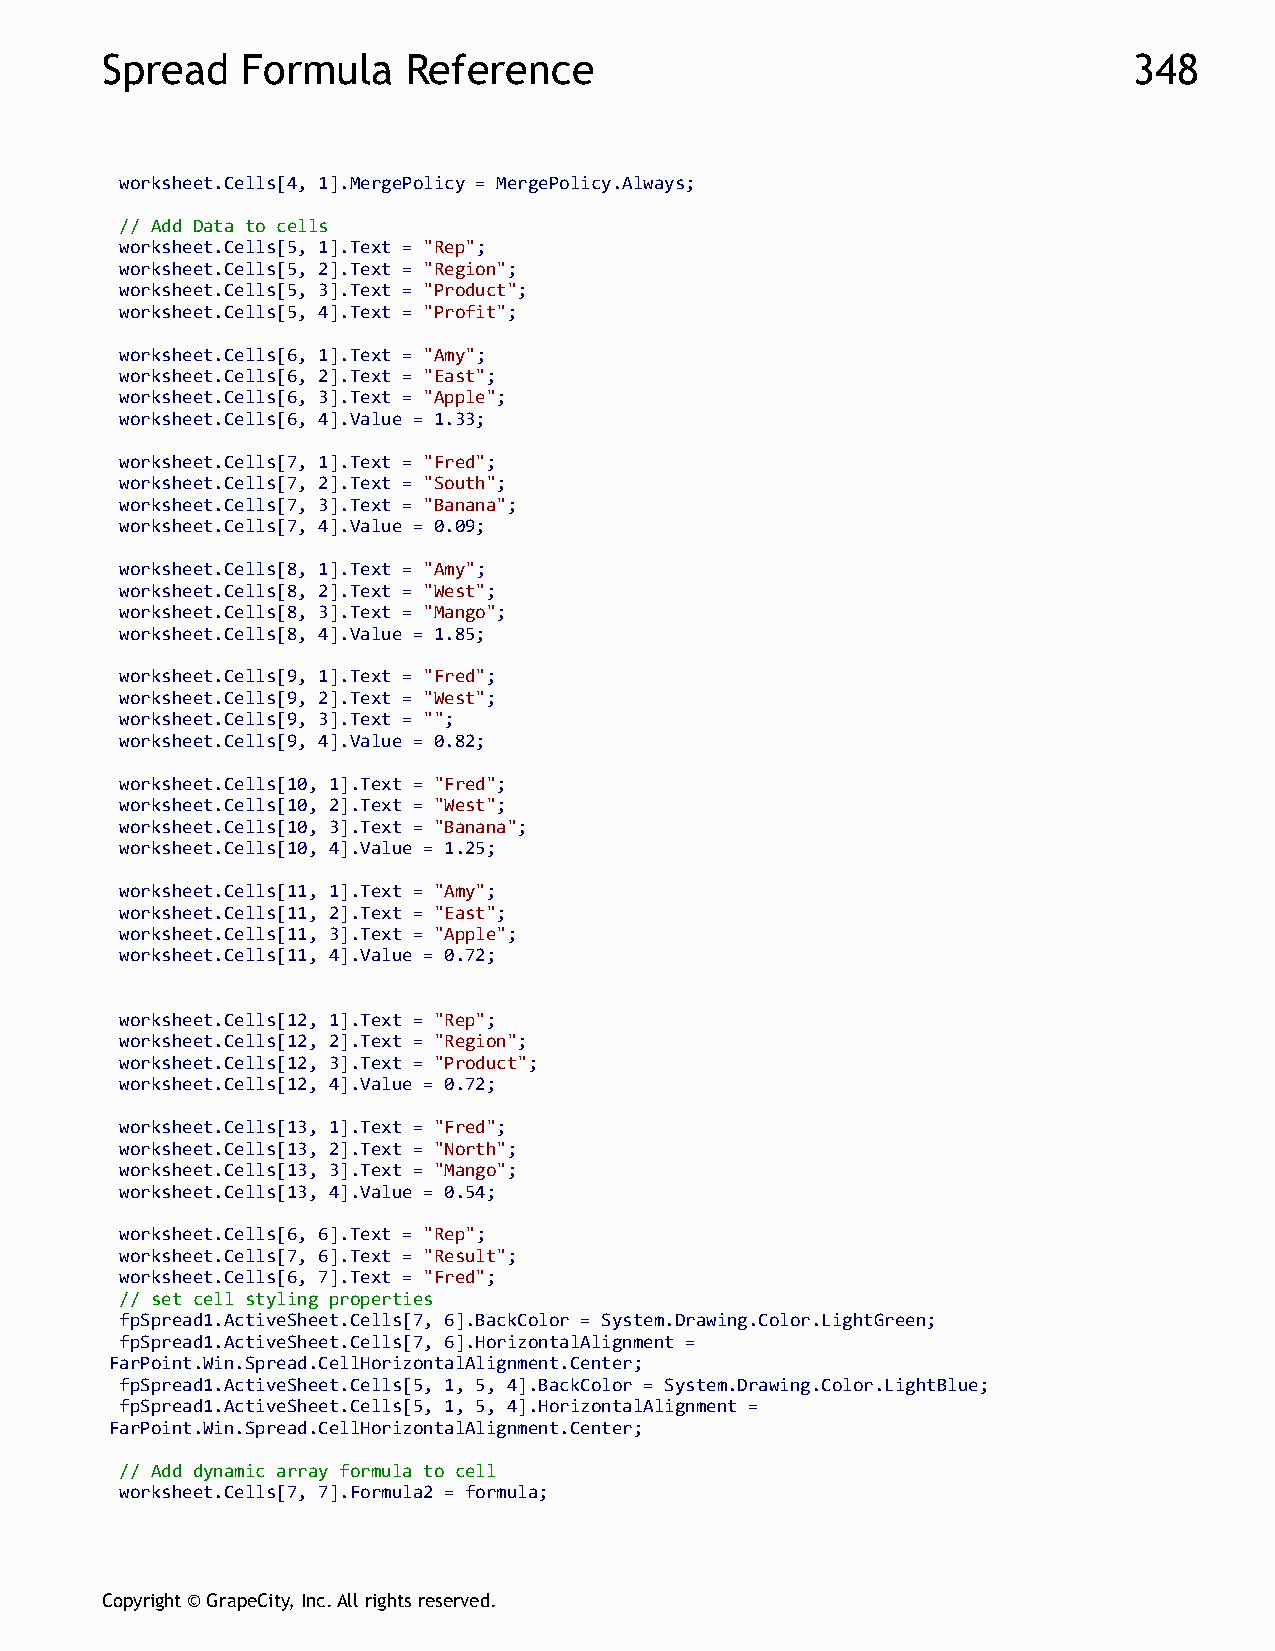
Spread   Formula    Reference                                       348
 worksheet.Cells[4, 1].MergePolicy = MergePolicy.Always;
 // Add Data to cells
 worksheet.Cells[5, 1].Text = "Rep";
 worksheet.Cells[5, 2].Text = "Region";
 worksheet.Cells[5, 3].Text = "Product";
 worksheet.Cells[5, 4].Text = "Profit";
 worksheet.Cells[6, 1].Text = "Amy";
 worksheet.Cells[6, 2].Text = "East";
 worksheet.Cells[6, 3].Text = "Apple";
 worksheet.Cells[6, 4].Value = 1.33;
 worksheet.Cells[7, 1].Text = "Fred";
 worksheet.Cells[7, 2].Text = "South";
 worksheet.Cells[7, 3].Text = "Banana";
 worksheet.Cells[7, 4].Value = 0.09;
 worksheet.Cells[8, 1].Text = "Amy";
 worksheet.Cells[8, 2].Text = "West";
 worksheet.Cells[8, 3].Text = "Mango";
 worksheet.Cells[8, 4].Value = 1.85;
 worksheet.Cells[9, 1].Text = "Fred";
 worksheet.Cells[9, 2].Text = "West";
 worksheet.Cells[9, 3].Text = "";
 worksheet.Cells[9, 4].Value = 0.82;
 worksheet.Cells[10, 1].Text = "Fred";
 worksheet.Cells[10, 2].Text = "West";
 worksheet.Cells[10, 3].Text = "Banana";
 worksheet.Cells[10, 4].Value = 1.25;
 worksheet.Cells[11, 1].Text = "Amy";
 worksheet.Cells[11, 2].Text = "East";
 worksheet.Cells[11, 3].Text = "Apple";
 worksheet.Cells[11, 4].Value = 0.72;
 worksheet.Cells[12, 1].Text = "Rep";
 worksheet.Cells[12, 2].Text = "Region";
 worksheet.Cells[12, 3].Text = "Product";
 worksheet.Cells[12, 4].Value = 0.72;
 worksheet.Cells[13, 1].Text = "Fred";
 worksheet.Cells[13, 2].Text = "North";
 worksheet.Cells[13, 3].Text = "Mango";
 worksheet.Cells[13, 4].Value = 0.54;
 worksheet.Cells[6, 6].Text = "Rep";
 worksheet.Cells[7, 6].Text = "Result";
 worksheet.Cells[6, 7].Text = "Fred";
 // set cell styling properties
 fpSpread1.ActiveSheet.Cells[7, 6].BackColor = System.Drawing.Color.LightGreen;
 fpSpread1.ActiveSheet.Cells[7, 6].HorizontalAlignment =
 FarPoint.Win.Spread.CellHorizontalAlignment.Center;
 fpSpread1.ActiveSheet.Cells[5, 1, 5, 4].BackColor = System.Drawing.Color.LightBlue;
 fpSpread1.ActiveSheet.Cells[5, 1, 5, 4].HorizontalAlignment =
 FarPoint.Win.Spread.CellHorizontalAlignment.Center;
 // Add dynamic array formula to cell
 worksheet.Cells[7, 7].Formula2 = formula;
 Copyright © GrapeCity, Inc. All rights reserved.